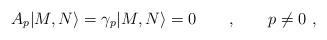
LaTeX: \begin{align*}A_{p}|M,N\rangle=\gamma_{p}|M,N\rangle=0 \qquad , \qquad p\neq 0 \ ,\end{align*}